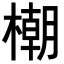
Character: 𣛨